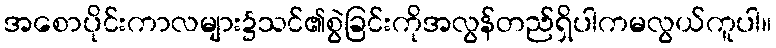
အစောပိုင်းကာလများ၌သင်၏စွဲခြင်းကိုအလွန်တည်ရှိပါကမလွယ်ကူပါ။